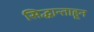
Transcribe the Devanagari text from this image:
सिद्धान्ताहून